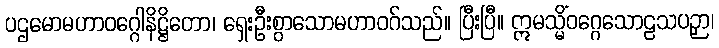
ပဌမောမဟာဝဂ္ဂေါနိဋ္ဌိတော၊ ရှေးဦးစွာသောမဟာဝဂ်သည်။ ပြီးပြီ။ ဣမသ္မိံဝဂ္ဂေသောဠသပဉှာ၊